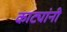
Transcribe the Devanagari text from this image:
काट्यांनी